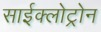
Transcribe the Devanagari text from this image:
साईक्लोट्रोन